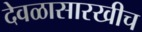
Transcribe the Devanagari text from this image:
देवळासारखीच